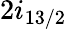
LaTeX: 2i_{13/2}